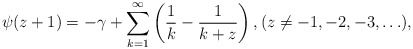
\begin{align*}\psi(z+1)=-\gamma+\sum_{k=1}^{\infty}\left(\frac 1k-\frac{1}{k+z}\right),(z\neq -1,-2,-3,\ldots),\end{align*}